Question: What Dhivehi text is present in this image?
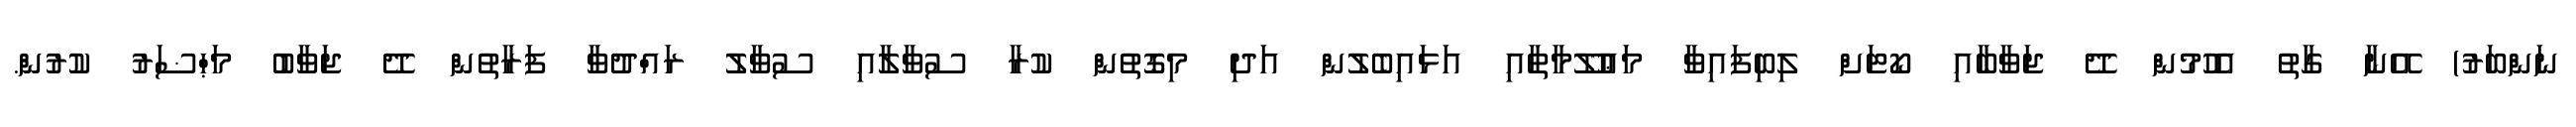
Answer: ނަންބަރު) އޭނާ ގާތު އެހުމުން ދޭ ޖަވާބާއި ކޯޓަށް ލިބިފައިވާ މަޢުލޫމާތާއި އަޅައިބެލުން އަދި މިގޮތުން ކުރާ ސުވާލާއި ސުވާލު ރައްދުވާ ފަރާތުން ދޭ ޖަވާބު މަޙްޟަރު ކުރުން.